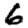
Digit: 6